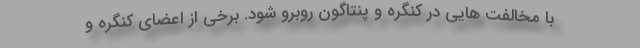
با مخالفت هایی در کنگره و پنتاگون روبرو شود. برخی از اعضای کنگره و